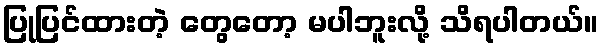
ပြုပြင်ထားတဲ့ တွေတော့ မပါဘူးလို့ သိရပါတယ်။